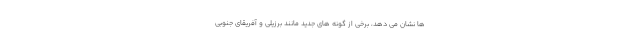
ها نشان می دهد، برخی از گونه های جدید مانند برزیلی و آفریقای جنوبی